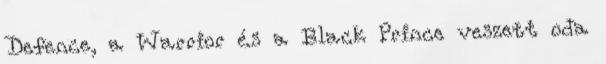
Defence, a Warrior és a Black Prince veszett oda